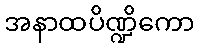
အနာထပိဏ္ဍိကော